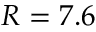
R = 7 . 6